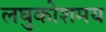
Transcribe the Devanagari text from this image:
लघुकोशमय